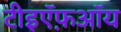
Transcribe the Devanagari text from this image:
टीइऍफ़ऑय